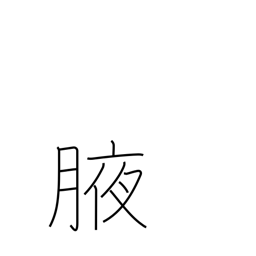
Meaning: armpit